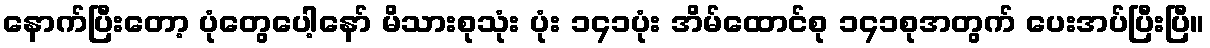
နောက်ပြီးတော့ ပုံတွေပေါ့နော် မိသားစုသုံး ပုံး ၁၄၁ပုံး အိမ်ထောင်စု ၁၄၁စုအတွက် ပေးအပ်ပြီးပြီ။